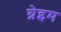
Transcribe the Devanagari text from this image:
ग्रेइम